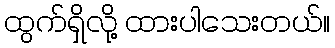
ထွက်ရှိလို့ ထားပါသေးတယ်။